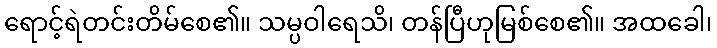
ရောင့်ရဲတင်းတိမ်စေ၏။ သမ္ပဝါရေသိ၊ တန်ပြီဟုမြစ်စေ၏။ အထခေါ၊